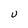
Character: U